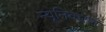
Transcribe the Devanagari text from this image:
न्यूनिकरण